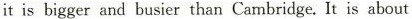
itis bigger and busier than Cambridge.It is about